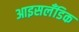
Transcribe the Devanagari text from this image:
आइसलॅंडिक